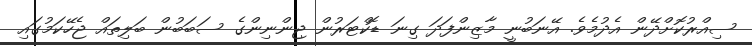
ސިއްރުކޮށްދޭން އެދުމެވެ. އޭނަބުނީ މާޒިންފަދަ ގިނަ ޑޮކްޓަރުން ޖިންނިންގެ ސަބަބުން ބަލިތައް ޖެހޭކަމުގައި